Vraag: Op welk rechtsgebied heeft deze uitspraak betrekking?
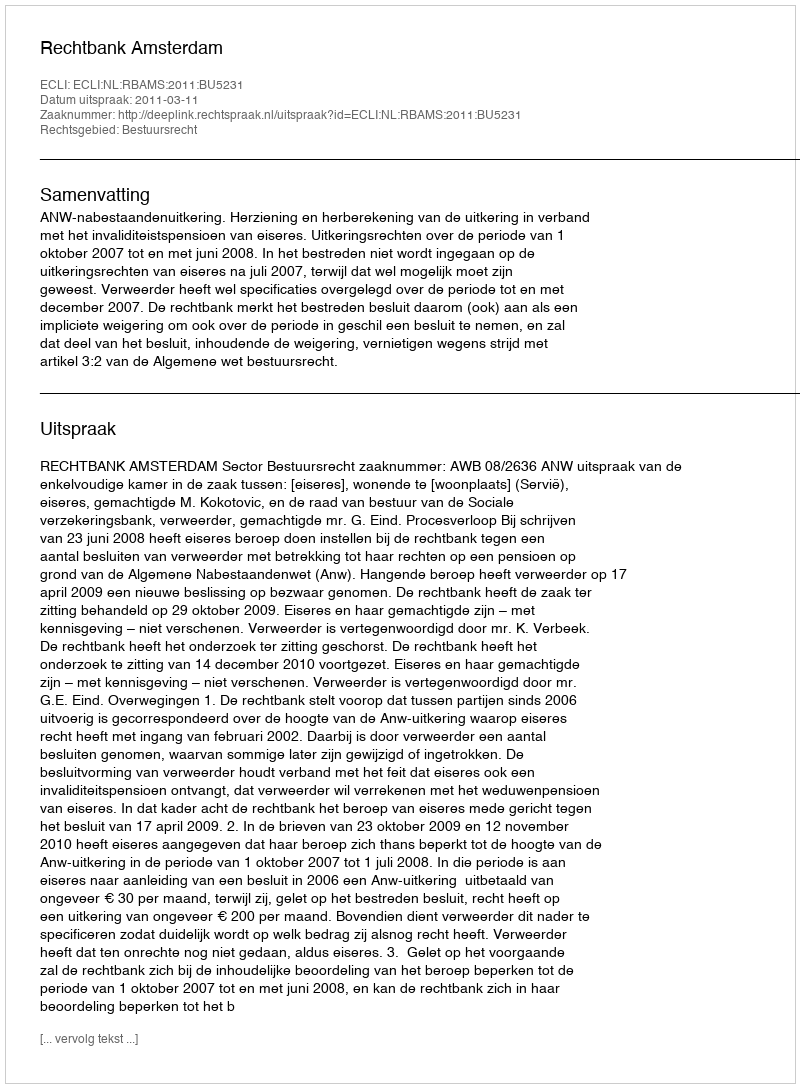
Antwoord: Bestuursrecht